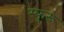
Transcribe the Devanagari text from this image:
स्फुरू